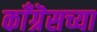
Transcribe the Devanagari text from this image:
काँग्रॆसच्या